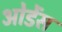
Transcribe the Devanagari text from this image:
ओडेंस